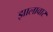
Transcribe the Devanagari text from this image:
झालावार